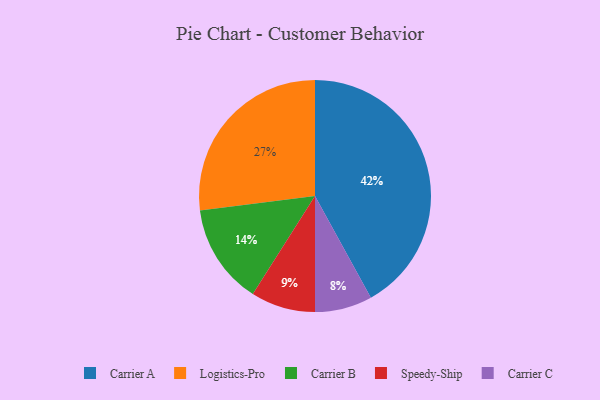
{"axis": {"x": "Category", "y": "Percentage"}, "legend": ["Carrier A", "Carrier B", "Carrier C", "Logistics-Pro", "Speedy-Ship"], "data": [{"x": "Speedy-Ship", "y": 9, "type": "Speedy-Ship"}, {"x": "Carrier C", "y": 8, "type": "Carrier C"}, {"x": "Carrier A", "y": 42, "type": "Carrier A"}, {"x": "Logistics-Pro", "y": 27, "type": "Logistics-Pro"}, {"x": "Carrier B", "y": 14, "type": "Carrier B"}]}